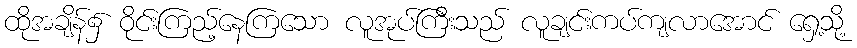
ထိုအချိန်၌ ဝိုင်းကြည့်နေကြသော လူအုပ်ကြီးသည် လူချင်းကပ်ကျလာအောင် ရှေ့သို့